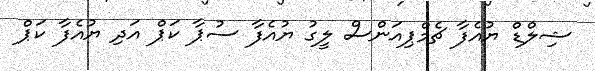
ޝިލްޑް ޔުއެފާ ޗެމްޕިއަންސް ލީގު ޔުއެފާ ސުޕާ ކަޕް އަދި ޔުއެފާ ކަޕް